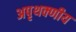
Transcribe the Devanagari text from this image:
अपृथक्णीय